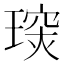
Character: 𤧪